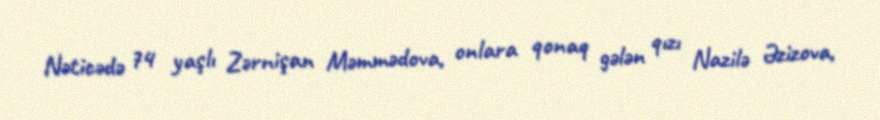
Nəticədə 74 yaşlı Zərnişan Məmmədova, onlara qonaq gələn qızı Nazilə Əzizova,